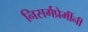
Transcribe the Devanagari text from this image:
निसर्गप्रेमींनी